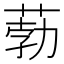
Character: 葧